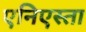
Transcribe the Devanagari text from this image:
एनिएस्ता